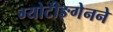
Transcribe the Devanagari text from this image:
ग्योटीङ्गेनने